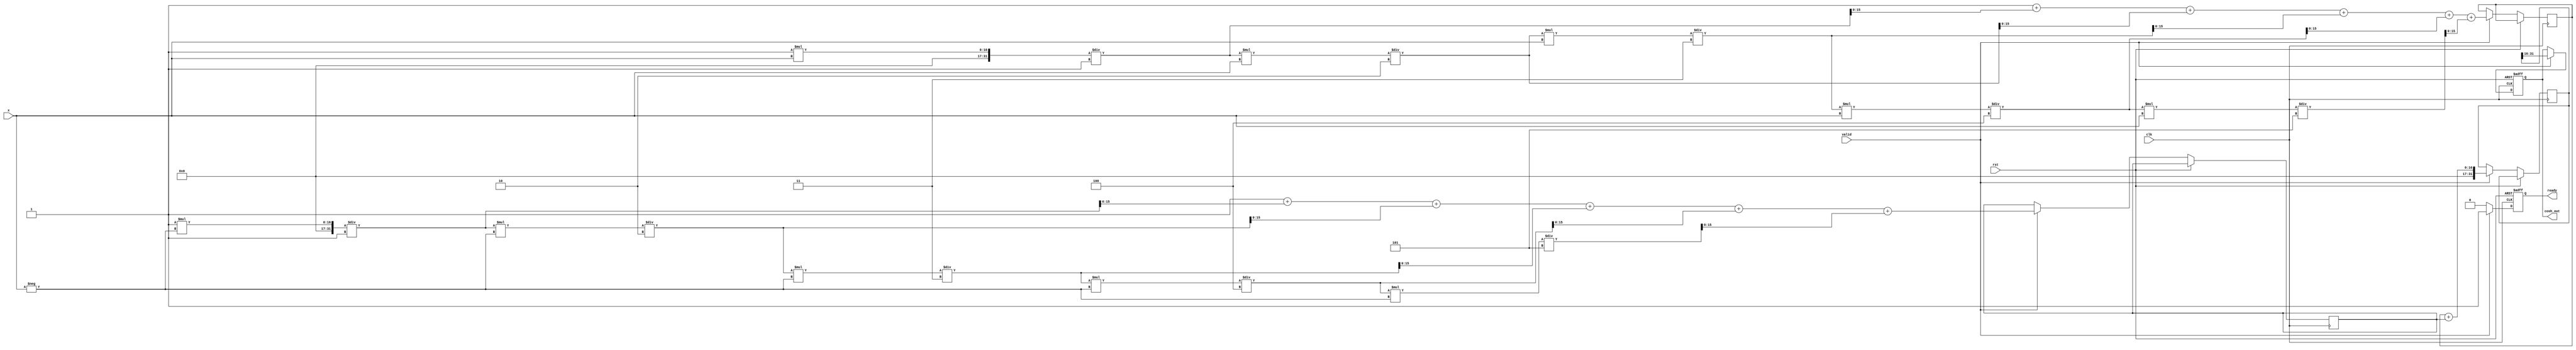
module cosh_arithmetic_block (
    input wire clk,
    input wire rst,
    input wire [15:0] x, // 16-bit input
    input wire valid,     // Input valid signal
    output reg [15:0] cosh_out, // 16-bit output
    output reg ready      // Output ready signal
);
    reg [15:0] exp_x, exp_neg_x;
    reg [31:0] sum;
    
    // Parameters for the Taylor series approximation
    parameter MAX_ITER = 5; // Number of iterations for Taylor series

    // Exponential function using Taylor series expansion
    function [15:0] exponential;
        input [15:0] input_x;
        integer i;
        reg [31:0] term;
        reg [31:0] result;
        begin
            result = 32'd1; // e^0 = 1
            term = 32'd1; // First term x^0 / 0!
            for (i = 1; i <= MAX_ITER; i = i + 1) begin
                term = (term * input_x) / i; // Calculate x^i / i!
                result = result + term; // Add term to result
            end
            exponential = result[15:0]; // Return lower 16 bits
        end
    endfunction

    always @(posedge clk or posedge rst) begin
        if (rst) begin
            cosh_out <= 16'd0;
            ready <= 1'b0;
        end else if (valid) begin
            // Calculate e^x and e^-x
            exp_x <= exponential(x);
            exp_neg_x <= exponential(-x); // Negate x for e^(-x)
            
            // Compute sum of e^x and e^-x
            sum <= exp_x + exp_neg_x;

            // Divide by 2 (right shift)
            cosh_out <= sum[31:16]; // Assuming we want the top 16 bits after division
            ready <= 1'b1; // Output is ready
        end else begin
            ready <= 1'b0; // Reset ready signal
        end
    end
endmodule